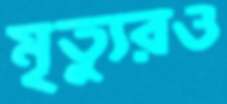
মৃত্যুরও